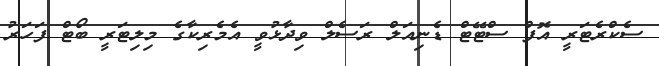
ސެކްރެޓަރީ އޮފް ސްޓޭޓް ޑެނިއަލް ރަސެލް ވިދާޅުވީ އެމެރިކާގެ މިލިޓަރީ ބޯޓް ފަހަރު